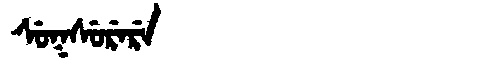
Manchu: ᠰᡠᡴᠰᡠᡵᡝᡵᡝ
Romanization: SUKSURERE